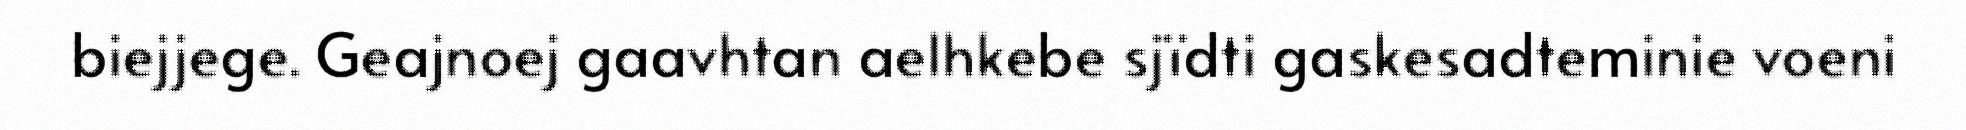
biejjege. Geajnoej gaavhtan aelhkebe sjïdti gaskesadteminie voeni